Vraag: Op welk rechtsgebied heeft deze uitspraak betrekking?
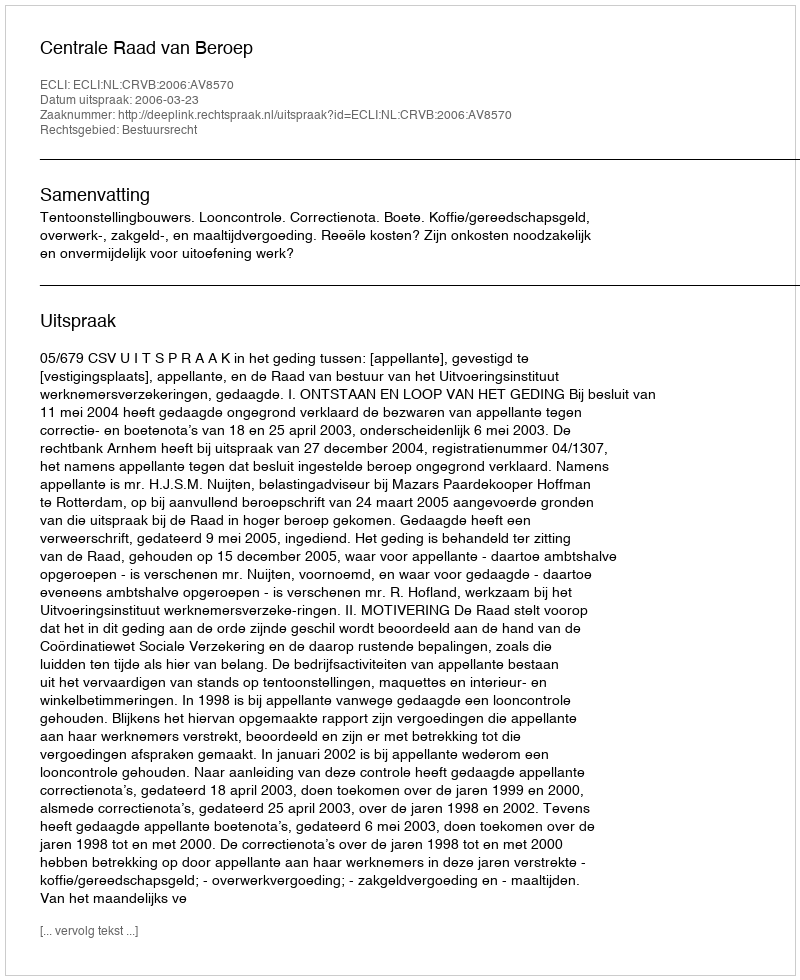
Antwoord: Bestuursrecht